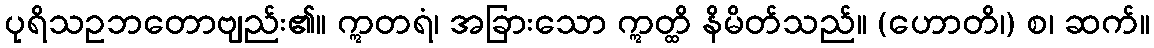
ပုရိသဥဘတောဗျည်း၏။ ဣတရံ၊ အခြားသော ဣတ္ထိ နိမိတ်သည်။ (ဟောတိ၊) စ၊ ဆက်။